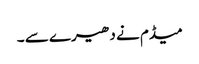
میڈم نے دھیرے سے ۔